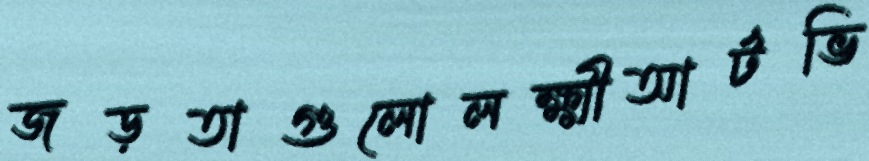
জড়তাগুলোলক্ষ্মীআর্টভি